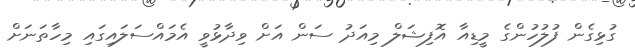
ގުޅިގެން ފުލުހުންގެ މީޑިއާ އޮފިޝަލް މިއަދު ސަން އަށް ވިދާޅުވީ އެމައްސަލައިގައި މިހާތަނަށް